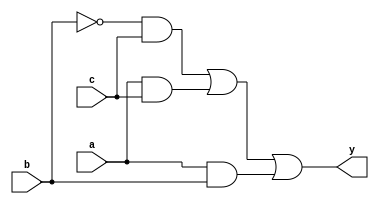
module combinational_logic(
    input wire a,    // Input signal A
    input wire b,    // Input signal B
    input wire c,    // Input signal C
    output wire y    // Output signal Y
);

// Define the truth table with Don't Care conditions
// Inputs: a, b, c
// Outputs: y
// The truth table can be represented as follows:
// a  b  c |  y
// 0  0  0 |  0
// 0  0  1 |  1
// 0  1  0 |  1
// 0  1  1 |  X  (Don't Care)
// 1  0  0 |  0
// 1  0  1 |  1
// 1  1  0 |  1
// 1  1  1 |  1

// Simplified logic expression derived using K-map
// y = b'c + ac + ab

assign y = (~b & c) | (a & c) | (a & b);

endmodule